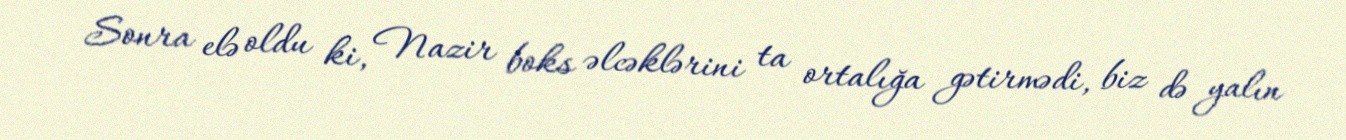
Sonra elə oldu ki, Nazir boks əlcəklərini ta ortalığa gətirmədi, biz də yalın